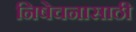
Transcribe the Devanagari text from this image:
निषेचनासाठी